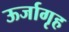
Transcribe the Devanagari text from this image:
ऊर्जागृह